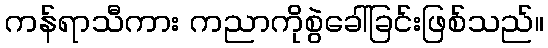
ကန်ရာသီကား ကညာကိုစွဲခေါ်ခြင်းဖြစ်သည်။